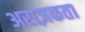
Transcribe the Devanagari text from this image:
अराज़कता